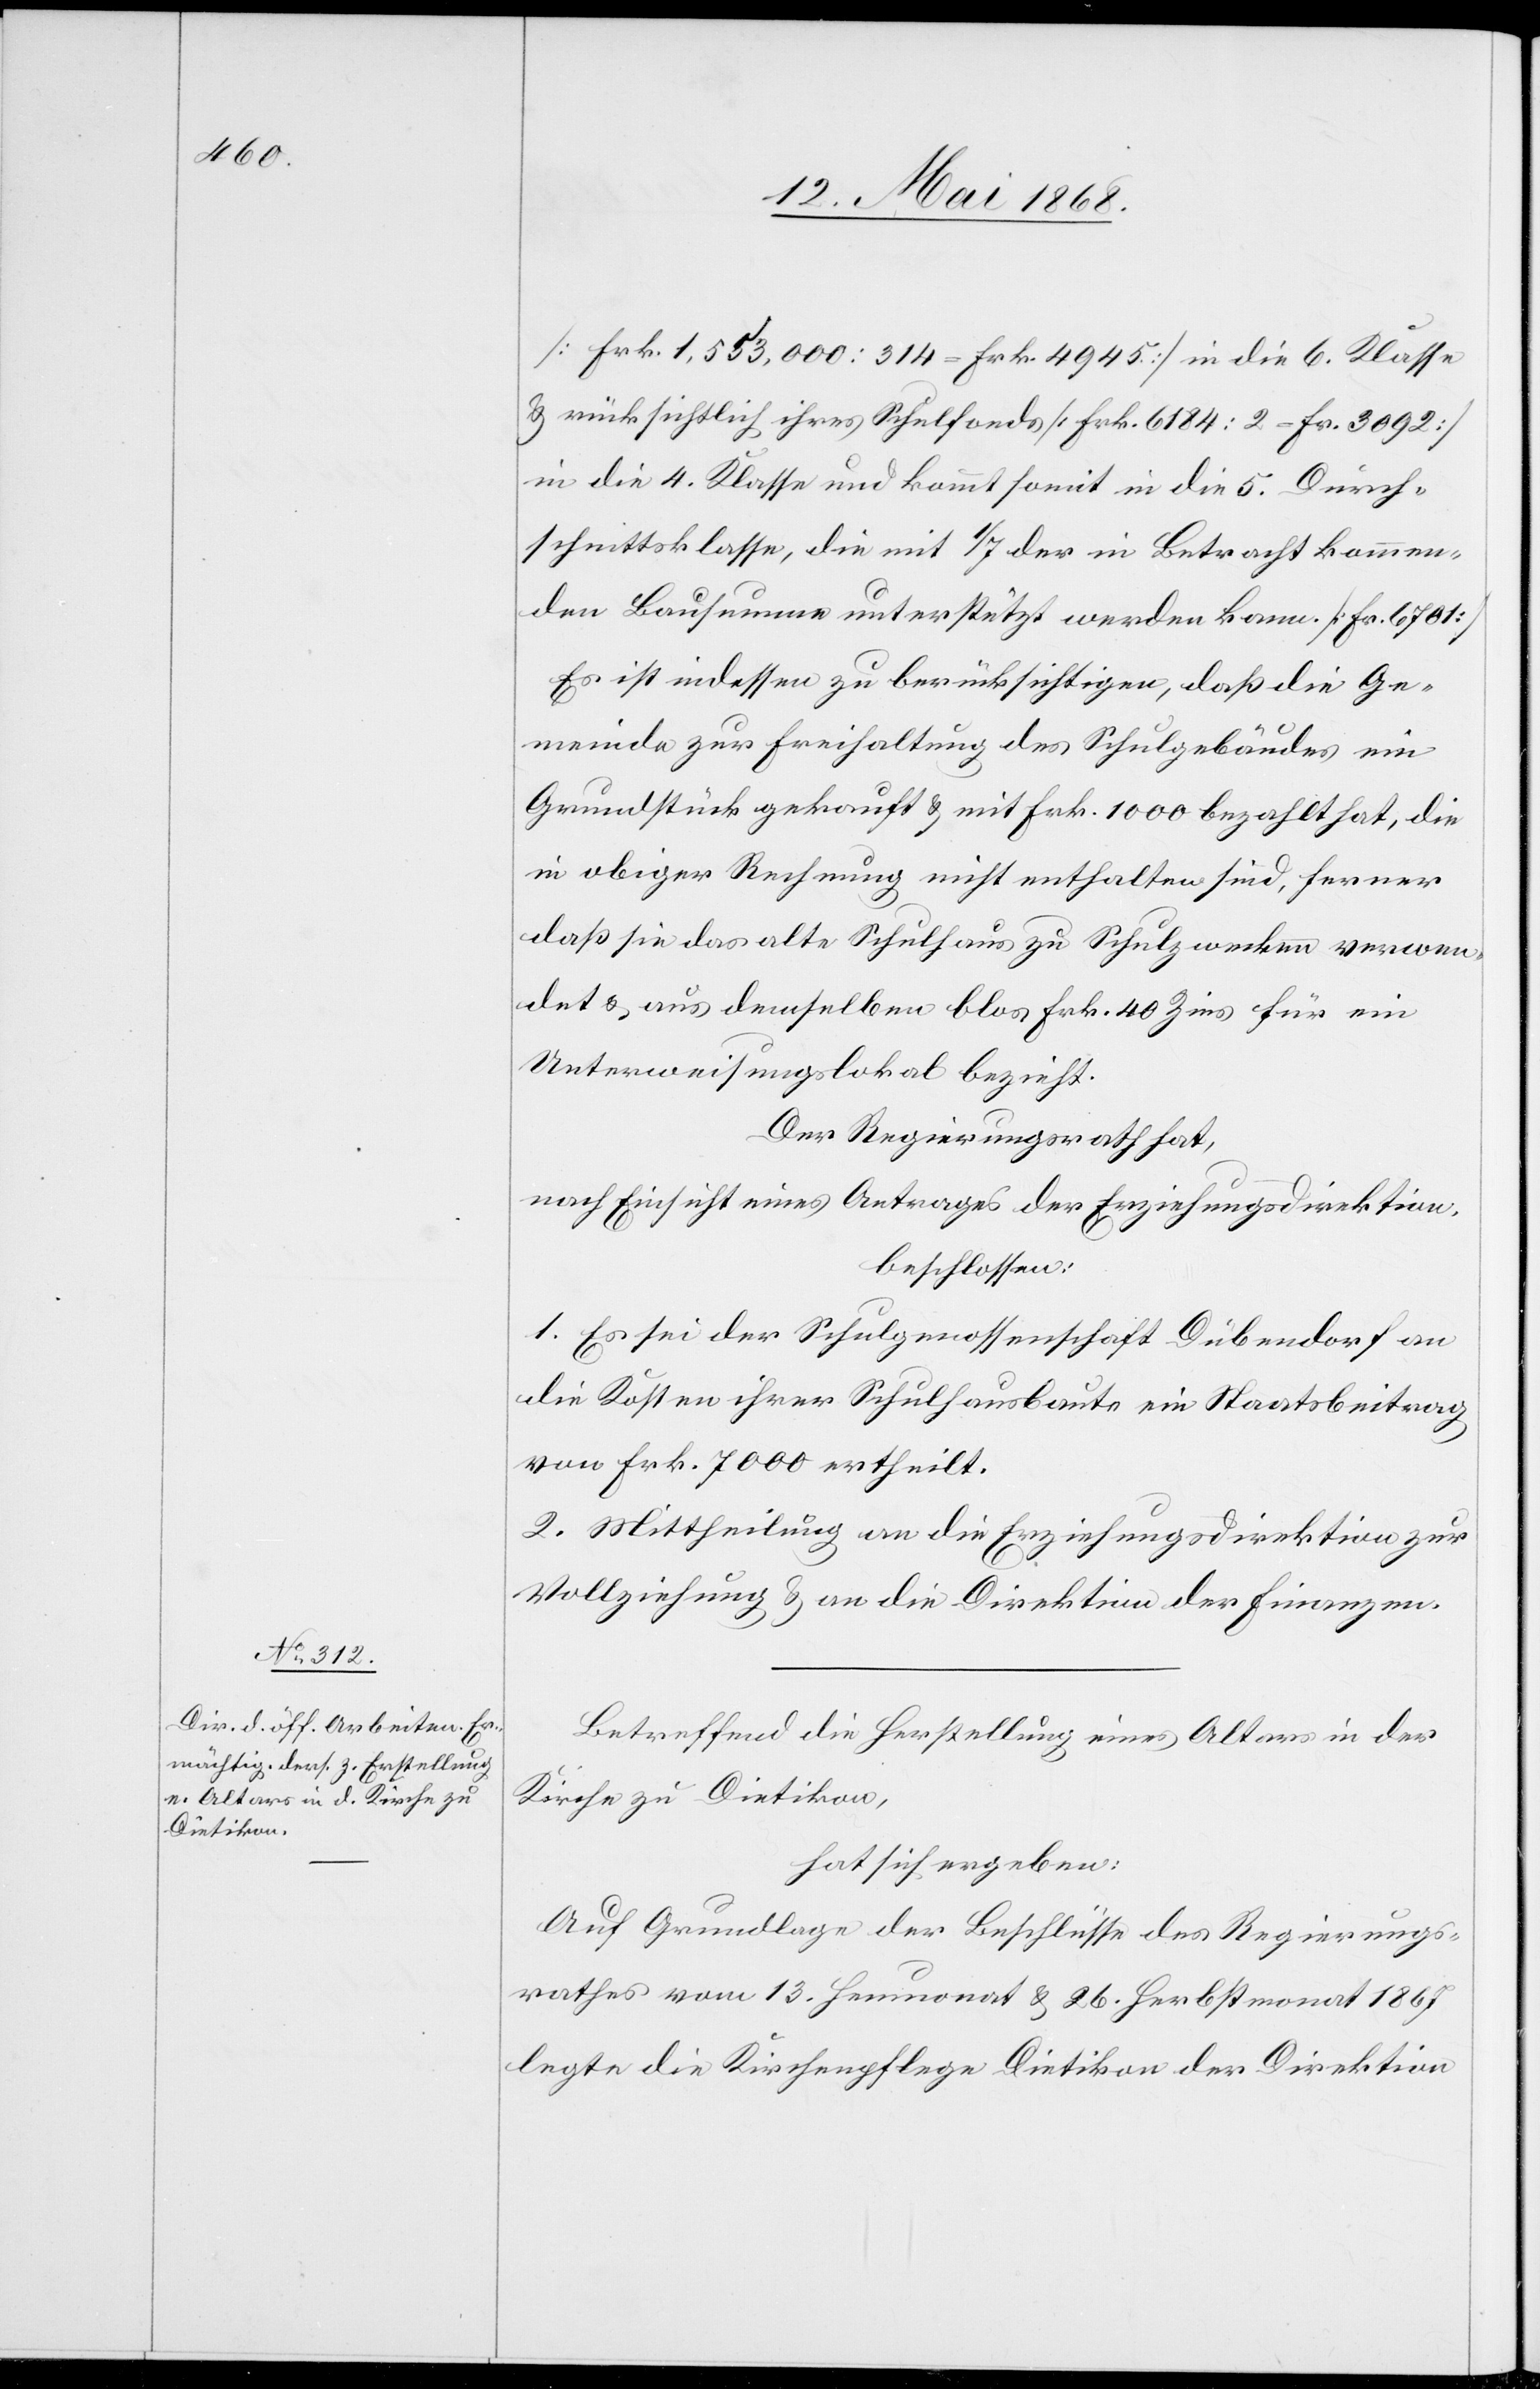
[Frk. 1,553,000 : 314 = Frk. 4945.] in die 6. Klasse
& rücksichtlich ihres Schulfonds [Frk. 6184 : 2 = Fr. 3092]
in die 4. Klasse und kommt somit in die 5. Durch¬
schnittsklasse, die mit 1/7 der in Betracht kommen¬
den Bausumme unterstützt werden kann. [Fr. 6701]
Es ist indessen zu berücksichtigen, daß die Ge¬
meinde zur Freihaltung des Schulgebäudes ein
Grundstück gekauft & mit Frk. 1000 bezahlt hat, die
in obiger Rechnung nicht enthalten sind, ferner
daß sie das alte Schulhaus zu Schulzwecken verwen¬
det & aus demselben blos Frk. 40 Zins für ein
Unterweisungslokal bezieht.
Der Regierungsrath hat,
nach Einsicht eines Antrages der Erziehungsdirektion,
beschlossen:
1. Es sei der Schulgenossenschaft Dübendorf an
die Kosten ihrer Schulhausbaute ein Staatsbeitrag
von Frk. 7000 ertheilt.
2. Mittheilung an die Erziehungsdirektion zur
Vollziehung & an die Direktion der Finanzen.
Betreffend die Herstellung eines Altars in der
Kirche zu Dietikon,
hat sich ergeben:
Auf Grundlage der Beschlüsse des Regierungs¬
rathes vom 13. Heumonat & 26. Herbstmonat 1867
legte die Kirchenpflege Dietikon der Direktion